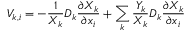
V _ { k , i } = - \frac { 1 } { X _ { k } } D _ { k } \frac { \partial X _ { k } } { \partial x _ { i } } + \sum _ { k } \frac { Y _ { k } } { X _ { k } } D _ { k } \frac { \partial X _ { k } } { \partial x _ { i } }